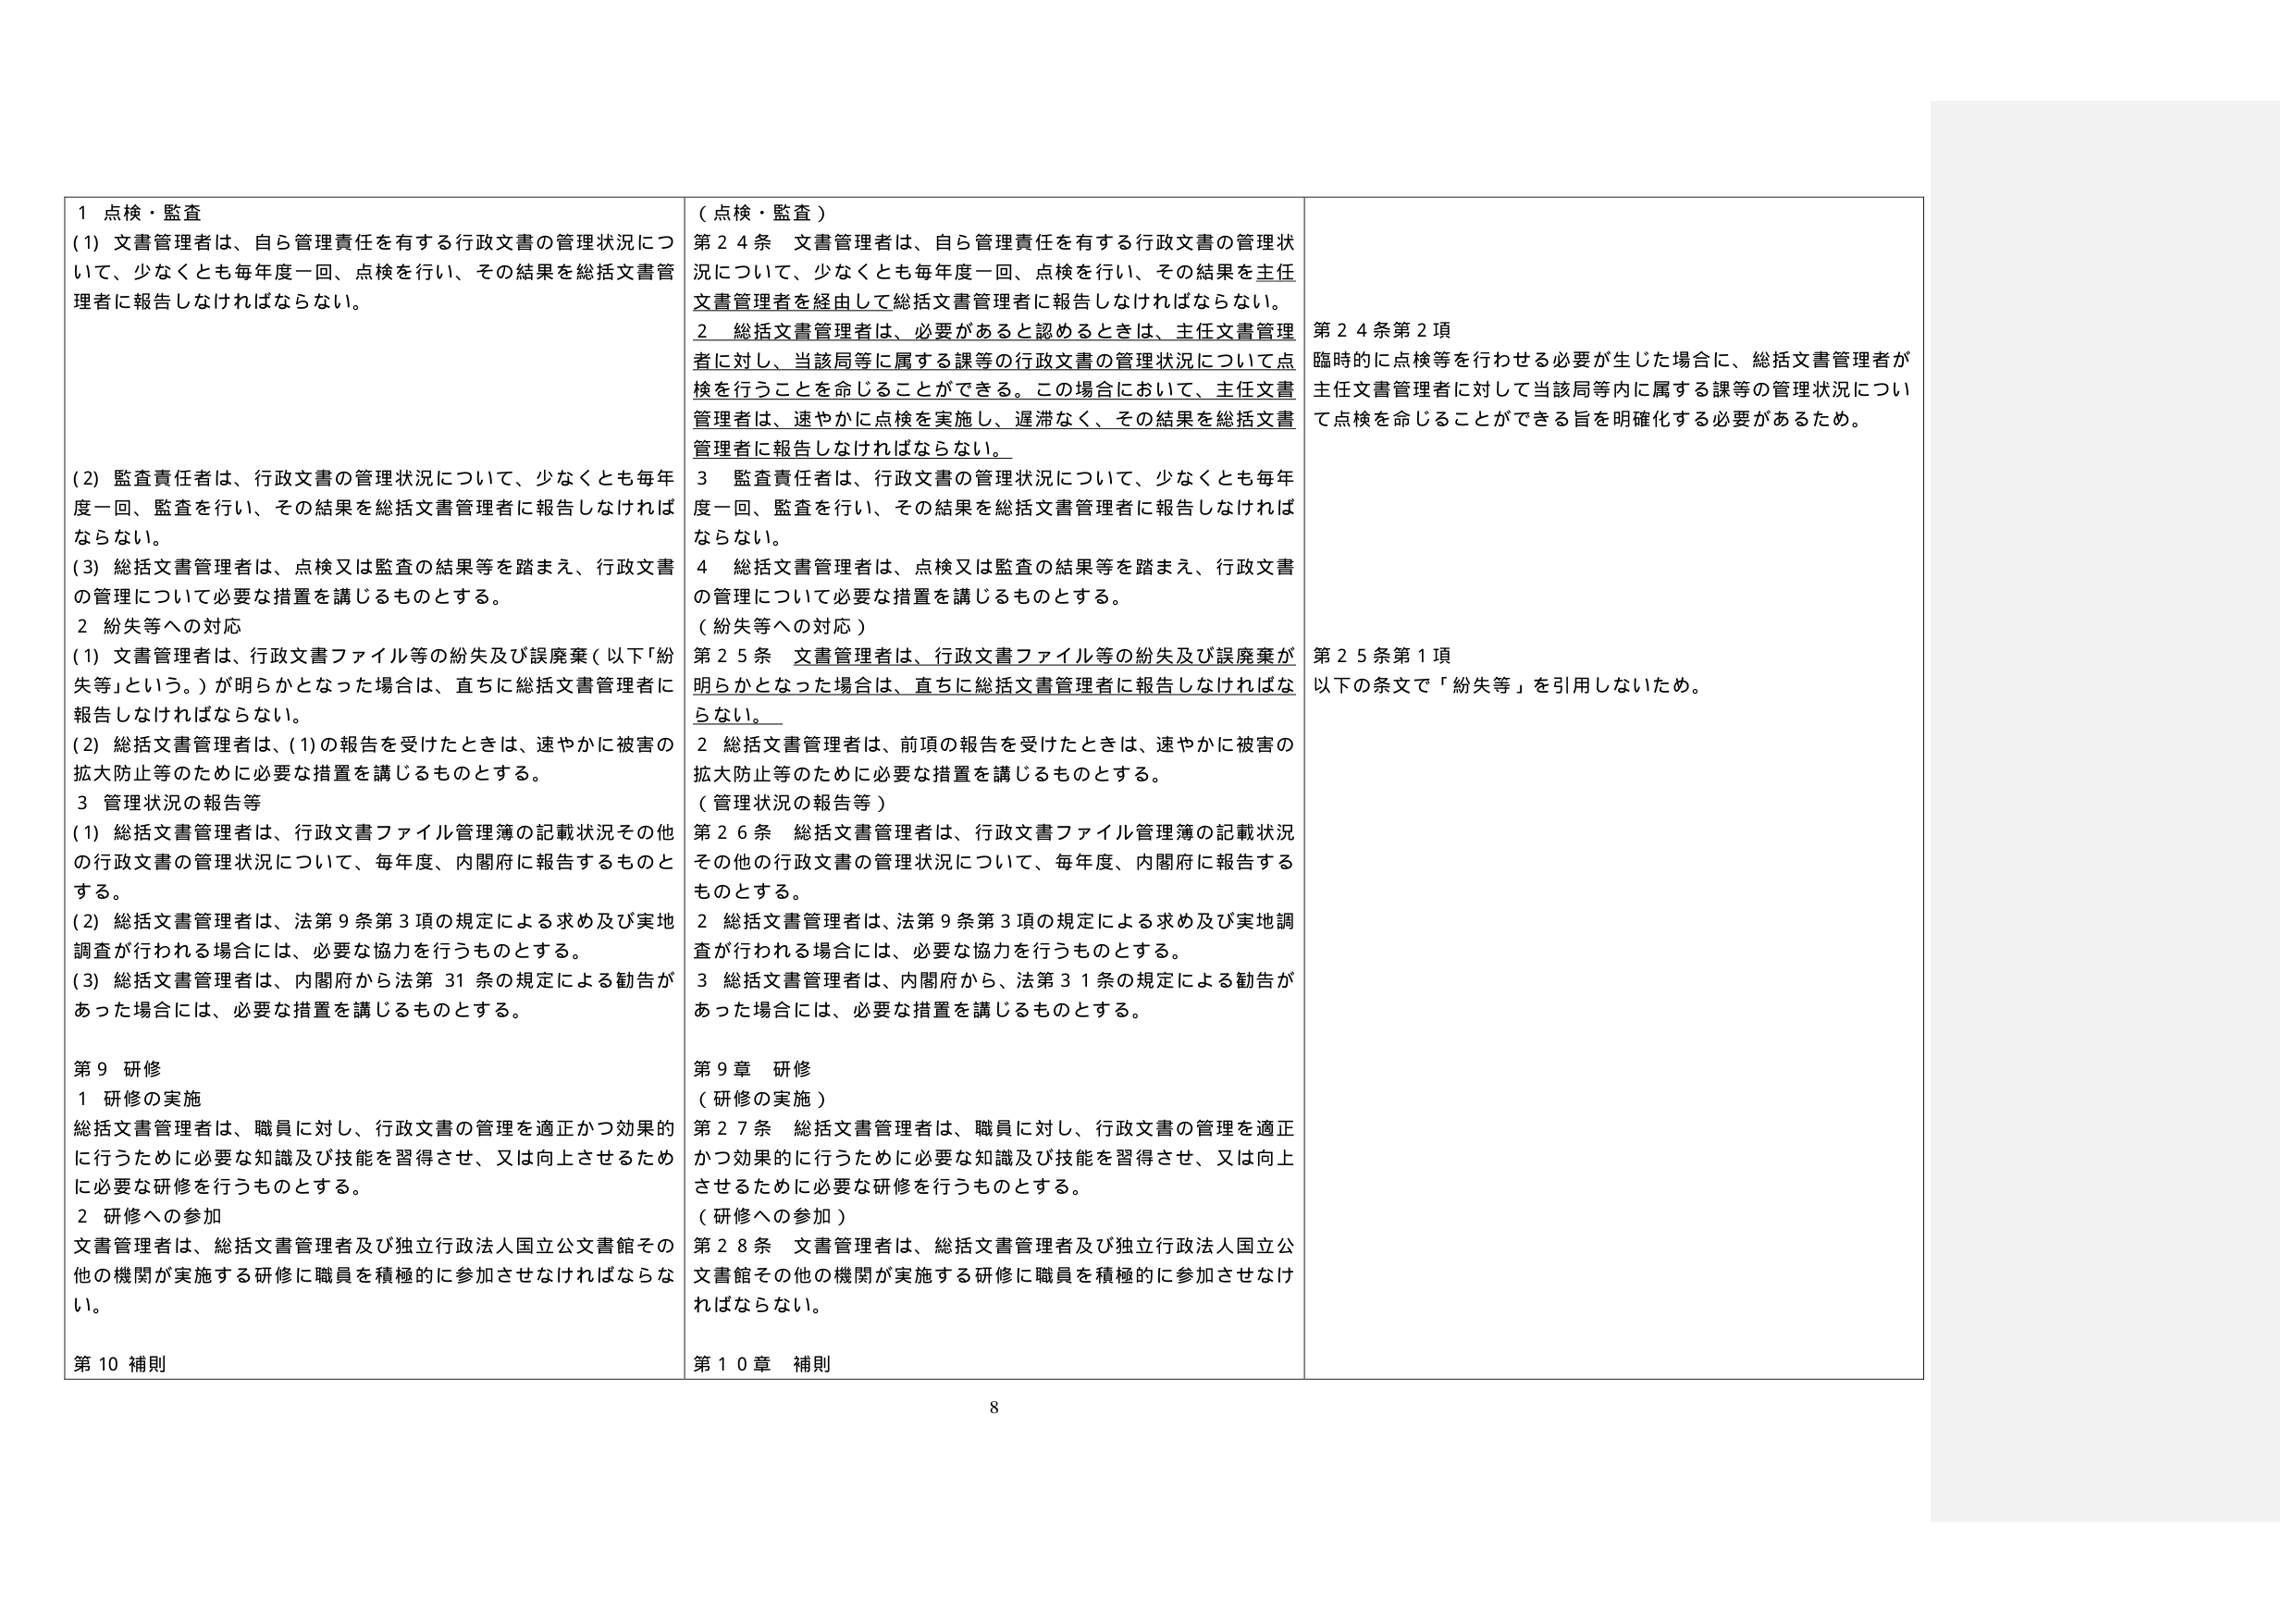
1 点検・監査
(1) 文書管理者は、自ら管理責任を有する行政文書の管理状況について、少なくとも毎年度一回、点検を行い、その結果を総括文書管理者に報告しなければならない。
(2) 監査責任者は、行政文書の管理状況について、少なくとも毎年度一回、監査を行い、その結果を総括文書管理者に報告しなければならない。
(3) 総括文書管理者は、点検又は監査の結果等を踏まえ、行政文書の管理について必要な措置を講じるものとする。
2 紛失等への対応
(1) 文書管理者は、行政文書ファイル等の紛失及び誤廃棄（以下「紛失等」という。）が明らかとなった場合は、直ちに総括文書管理者に報告しなければならない。
(2) 総括文書管理者は、(1)の報告を受けたときは、速やかに被害の拡大防止等のために必要な措置を講じるものとする。
3 管理状況の報告等
(1) 総括文書管理者は、行政文書ファイル管理簿の記載状況その他の行政文書の管理状況について、毎年度、内閣府に報告するものとする。
(2) 総括文書管理者は、法第9条第3項の規定による求め及び実地調査が行われる場合には、必要な協力を行うものとする。
(3) 総括文書管理者は、内閣府から法第31条の規定による勧告があった場合には、必要な措置を講じるものとする。
第9 研修
1 研修の実施
総括文書管理者は、職員に対し、行政文書の管理を適正かつ効果的に行うために必要な知識及び技能を習得させ、又は向上させるために必要な研修を行うものとする。
2 研修への参加
文書管理者は、総括文書管理者及び独立行政法人国立公文書館その他の機関が実施する研修に職員を積極的に参加させなければならない。
第10 補則

（点検・監査）
第24条 文書管理者は、自ら管理責任を有する行政文書の管理状況について、少なくとも毎年度一回、点検を行い、その結果を主任文書管理者を経由して総括文書管理者に報告しなければならない。
2 総括文書管理者は、必要があると認めるときは、主任文書管理者に対し、当該局等に属する課等の行政文書の管理状況について点検を行うことを命じることができる。この場合において、主任文書管理者は、速やかに点検を実施し、遅滞なく、その結果を総括文書管理者に報告しなければならない。
3 監査責任者は、行政文書の管理状況について、少なくとも毎年度一回、監査を行い、その結果を総括文書管理者に報告しなければならない。
4 総括文書管理者は、点検又は監査の結果等を踏まえ、行政文書の管理について必要な措置を講じるものとする。
（紛失等への対応）
第25条 文書管理者は、行政文書ファイル等の紛失及び誤廃棄が明らかとなった場合は、直ちに総括文書管理者に報告しなければならない。
2 総括文書管理者は、前項の報告を受けたときは、速やかに被害の拡大防止等のために必要な措置を講じるものとする。
（管理状況の報告等）
第26条 総括文書管理者は、行政文書ファイル管理簿の記載状況その他の行政文書の管理状況について、毎年度、内閣府に報告するものとする。
2 総括文書管理者は、法第9条第3項の規定による求め及び実地調査が行われる場合には、必要な協力を行うものとする。
3 総括文書管理者は、内閣府から、法第31条の規定による勧告があった場合には、必要な措置を講じるものとする。
第9章 研修
（研修の実施）
第27条 総括文書管理者は、職員に対し、行政文書の管理を適正かつ効果的に行うために必要な知識及び技能を習得させ、又は向上させるために必要な研修を行うものとする。
（研修への参加）
第28条 文書管理者は、総括文書管理者及び独立行政法人国立公文書館その他の機関が実施する研修に職員を積極的に参加させなければならない。
第10章 補則

第24条第2項
臨時的に点検等を行わせる必要が生じた場合に、総括文書管理者が主任文書管理者に対して当該局等内に属する課等の管理状況について点検を命じることができる旨を明確化する必要があるため。
第25条第1項
以下の条文で「紛失等」を引用しないため。

8